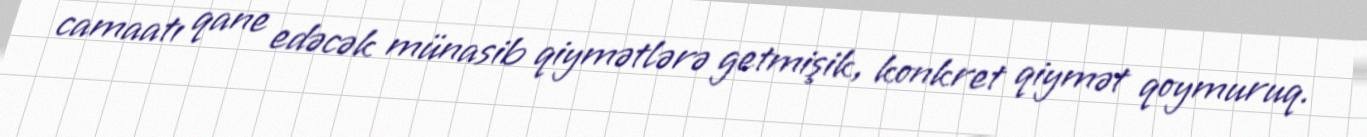
camaatı qane edəcək münasib qiymətlərə getmişik, konkret qiymət qoymuruq.